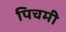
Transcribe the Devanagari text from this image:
पिचमी